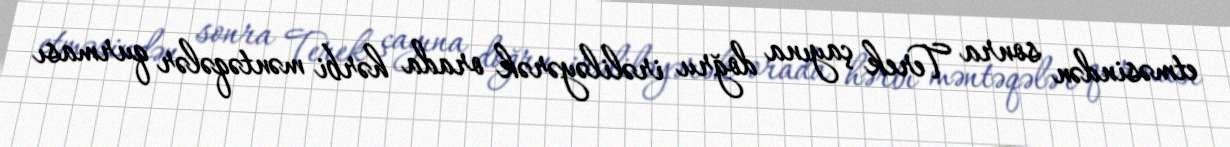
etməsindən sonra Terek çayına doğru irəliləyərək orada hərbi məntəqələr qurması